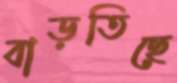
বাড়তিছে